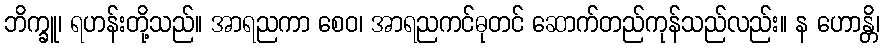
ဘိက္ခူ၊ ရဟန်းတို့သည်။ အာရညကာ စေဝ၊ အာရညကင်ဓုတင် ဆောက်တည်ကုန်သည်လည်း။ န ဟောန္တိ၊